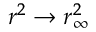
r ^ { 2 } \to r _ { \infty } ^ { 2 }